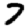
Digit: 7